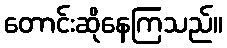
တောင်းဆိုနေကြသည်။